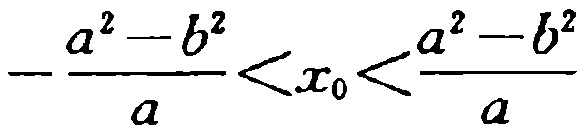
\(-\frac{a^{2}-b^{2}}{a}<x_{0}<\frac{a^{2}-b^{2}}{a}\)